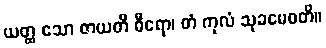
ယတ္ထ သော ဇာယတိ ဓီရော၊ တံ ကုလံ သုခမေဓတိ။